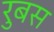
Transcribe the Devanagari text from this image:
रुबस